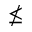
\nleq